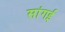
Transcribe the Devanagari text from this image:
सांगई